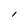
Character: l